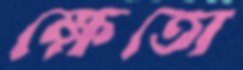
ক্ষেতো